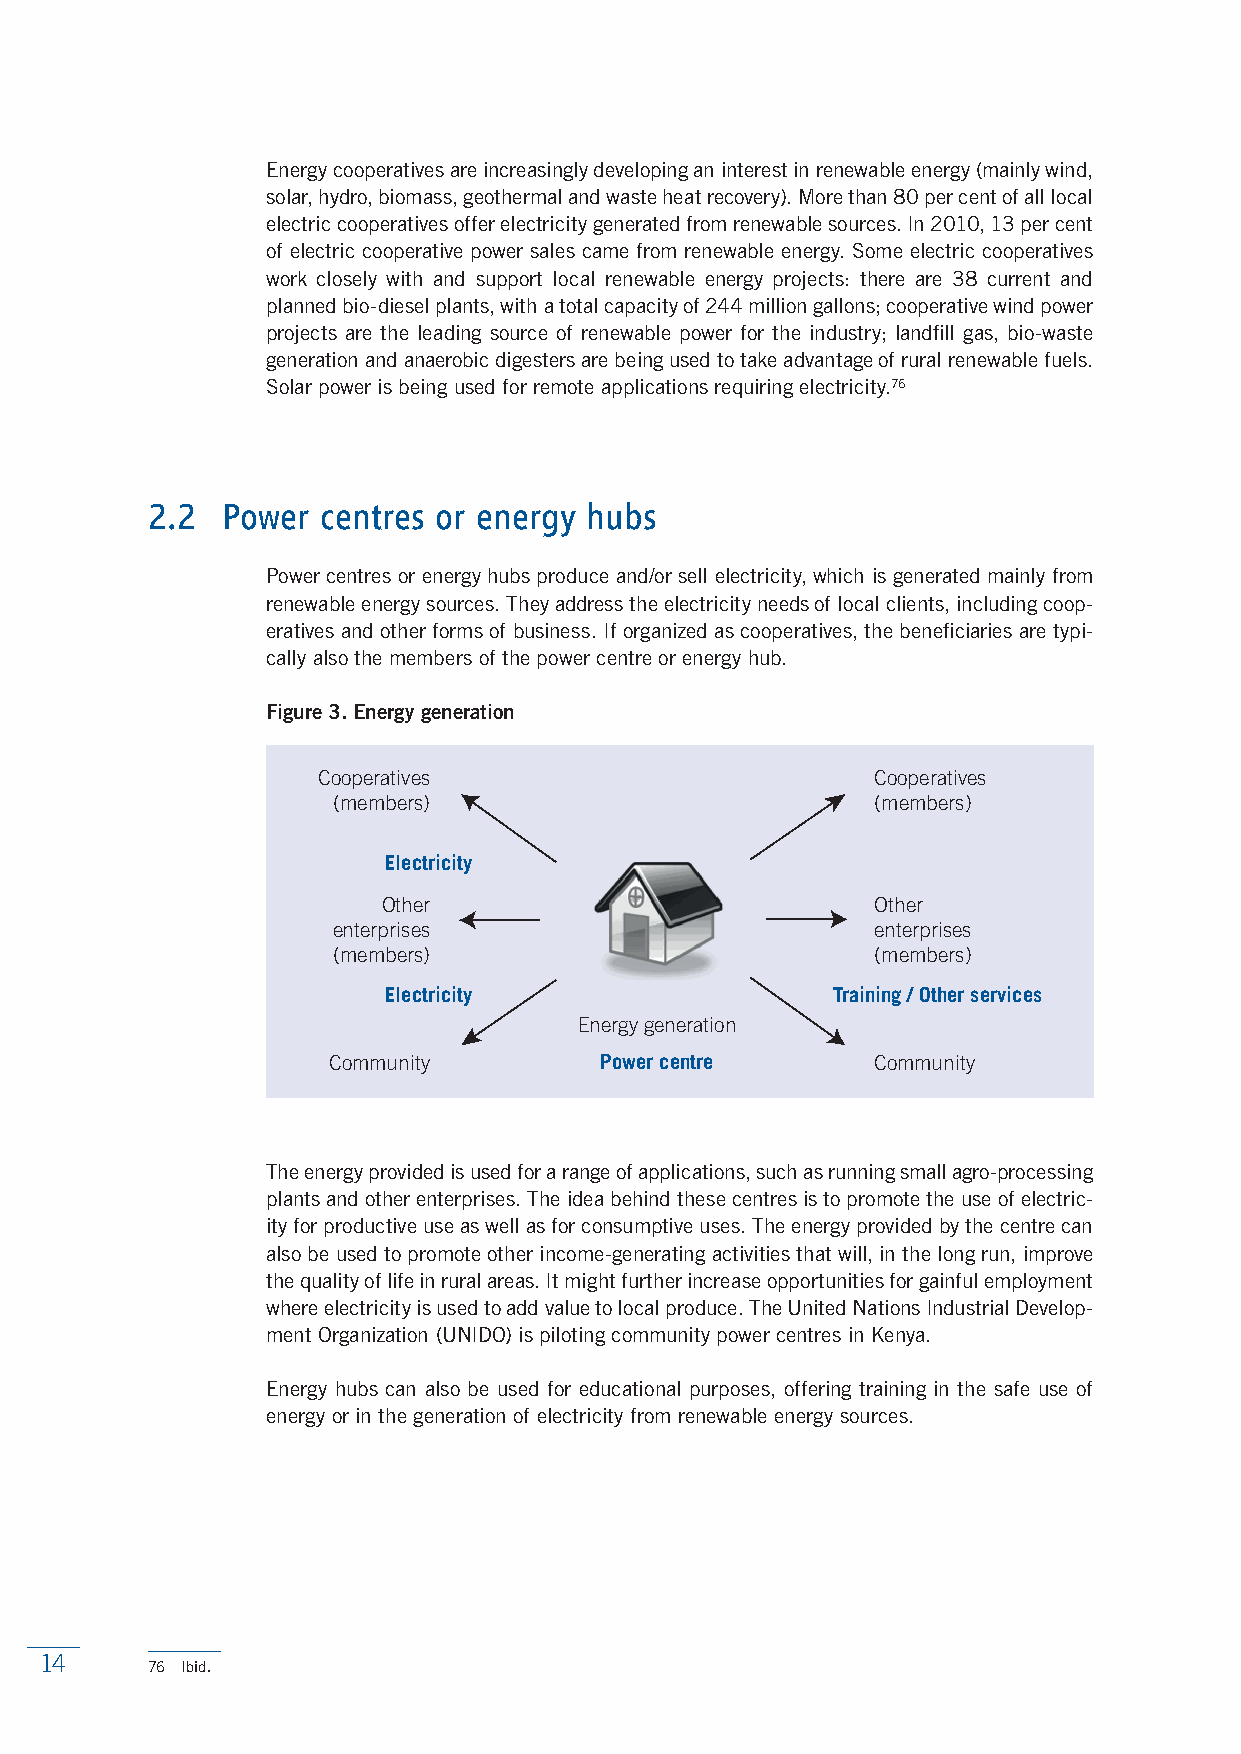
Energy cooperatives are increasingly developing an interest in renewable energy (mainly wind,
 solar, hydro, biomass, geothermal and waste heat recovery). More than 80 per cent of all local
 electric cooperatives offer electricity generated from renewable sources. In 2010, 13 per cent
 of electric cooperative power sales came from renewable energy. Some electric cooperatives
 work closely with and support local renewable energy projects: there are 38 current and
 planned bio-diesel plants, with a total capacity of 244 million gallons; cooperative wind power
 projects are the leading source of renewable power for the industry; landfill gas, bio-waste
 generation and anaerobic digesters are being used to take advantage of rural renewable fuels.
 Solar power is being used for remote applications requiring electricity.76
 2.2  Power centres or energy hubs
 Power centres or energy hubs produce and/or sell electricity, which is generated mainly from
 renewable energy sources. They address the electricity needs of local clients, including coop-
 eratives and other forms of business. If organized as cooperatives, the beneficiaries are typi-
 cally also the members of the power centre or energy hub.
 Figure 3. Energy generation
 Cooperatives                         Cooperatives
 (members)                           (members)
 Electricity
 Other                            Other
 enterprises                         enterprises
 (members)                           (members)
 Electricity                   Training / Other services
 Energy generation
 Community         Power centre      Community
 The energy provided is used for a range of applications, such as running small agro-processing
 plants and other enterprises. The idea behind these centres is to promote the use of electric-
 ity for productive use as well as for consumptive uses. The energy provided by the centre can
 also be used to promote other income-generating activities that will, in the long run, improve
 the quality of life in rural areas. It might further increase opportunities for gainful employment
 where electricity is used to add value to local produce. The United Nations Industrial Develop-
 ment Organization (UNIDO) is piloting community power centres in Kenya.
 Energy hubs can also be used for educational purposes, offering training in the safe use of
 energy or in the generation of electricity from renewable energy sources.
 14
 76 Ibid.